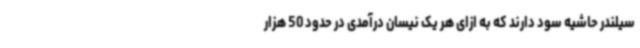
سیلندر حاشیه سود دارند که به ازای هر یک نیسان درآمدی در حدود 50 هزار